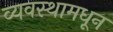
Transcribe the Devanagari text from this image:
व्यवस्थामधून